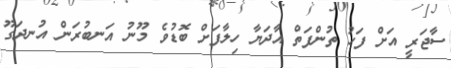
ސާޖަރީ އަށް ފަހު ތުންފަތް އާދަޔާ ހިލާފަށް ބޮޑުވެ މޫނު އަނބުރަން އުނދަގޫ